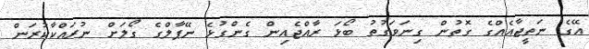
އޭގެ ނަތީޖާއެއްގެ ގޮތުން ގިނަވަގުތު ބޯޅަ ރާއްޖެއިން ގެންގުޅެ ނޭޕާލްގެ ގޯލަށް ނުރައްކާކުރަން